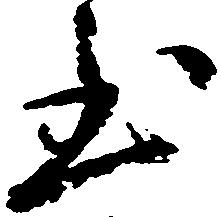
至